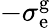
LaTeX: -\sigma_{\mathrm{e}}^{\mathrm{g}}